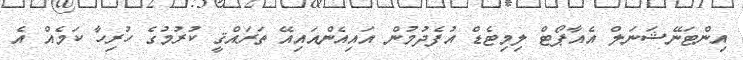
އިންޓަނޭޝަނަލް އެއާޕޯޓް ލިމިޓެޑް އުފެދުމުން އައިއެންއައިއޭ ތަރައްޤީ ކުރުމުގެ ހުރިހާ ކަމެއް އެ